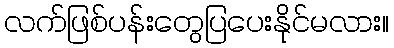
လက်ဖြစ်ပန်းတွေပြပေးနိုင်မလား။